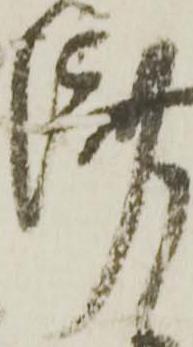
済